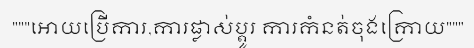
"""អោយប្រើការ,ការផ្លាស់ប្តូរ ការកំនត់ចុងក្រោយ"""